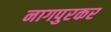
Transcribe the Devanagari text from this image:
नागपुरकर